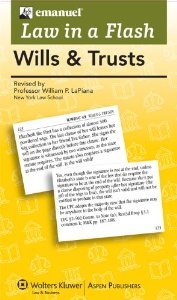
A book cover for Wills and Trusts (Law in a Flash Cards Ser); Kimm Walton; Law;